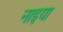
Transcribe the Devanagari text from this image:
नाइया